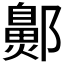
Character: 𬪞